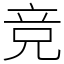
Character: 竞